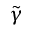
\tilde { \gamma }